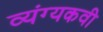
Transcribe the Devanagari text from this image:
व्यंग्यकवी